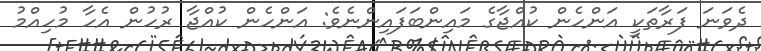
ދެވަނަ ފަރާތަކީ އަންހެން ކުއްޖާގެ މައިންބަފައިންނެވެ: އަންހެން ކުއްޖާ ރުހުން އެހާ މުހިއްމު